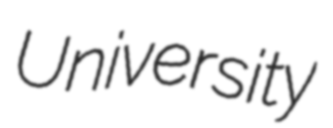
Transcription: University